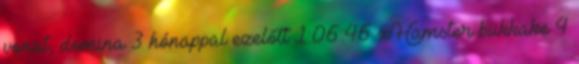
vonat, domina 3 hónappal ezelőtt 1:06:46 xHamster bukkake 4